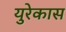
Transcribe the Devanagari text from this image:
युरेकास